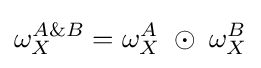
\omega _{X}^{A\&B}=\omega _{X}^{A}\;\odot \;\omega _{X}^{B}\,\!